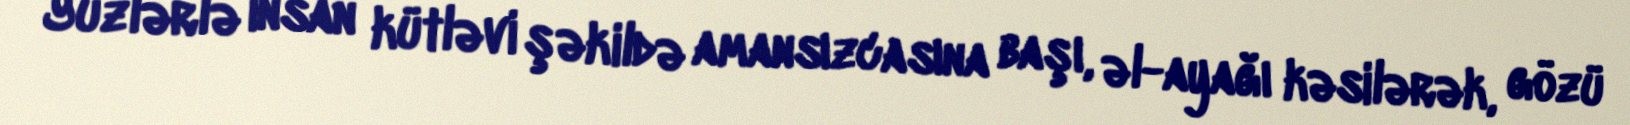
Yüzlərlə insan kütləvi şəkildə amansızcasına başı, əl-ayağı kəsilərək, gözü